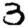
Digit: 3